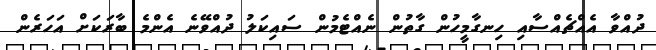
ދުއްވާ އެއްޗެއްސާއި ހިނގާމީހުން ގާތުން ނެއްޓެމުން ސައިކަލު ދުއްވޭނެ އެންމެ ބާރަކަށް އަހަރެން